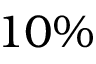
1 0 \%